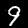
Digit: 9